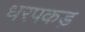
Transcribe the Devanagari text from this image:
धरपकड़